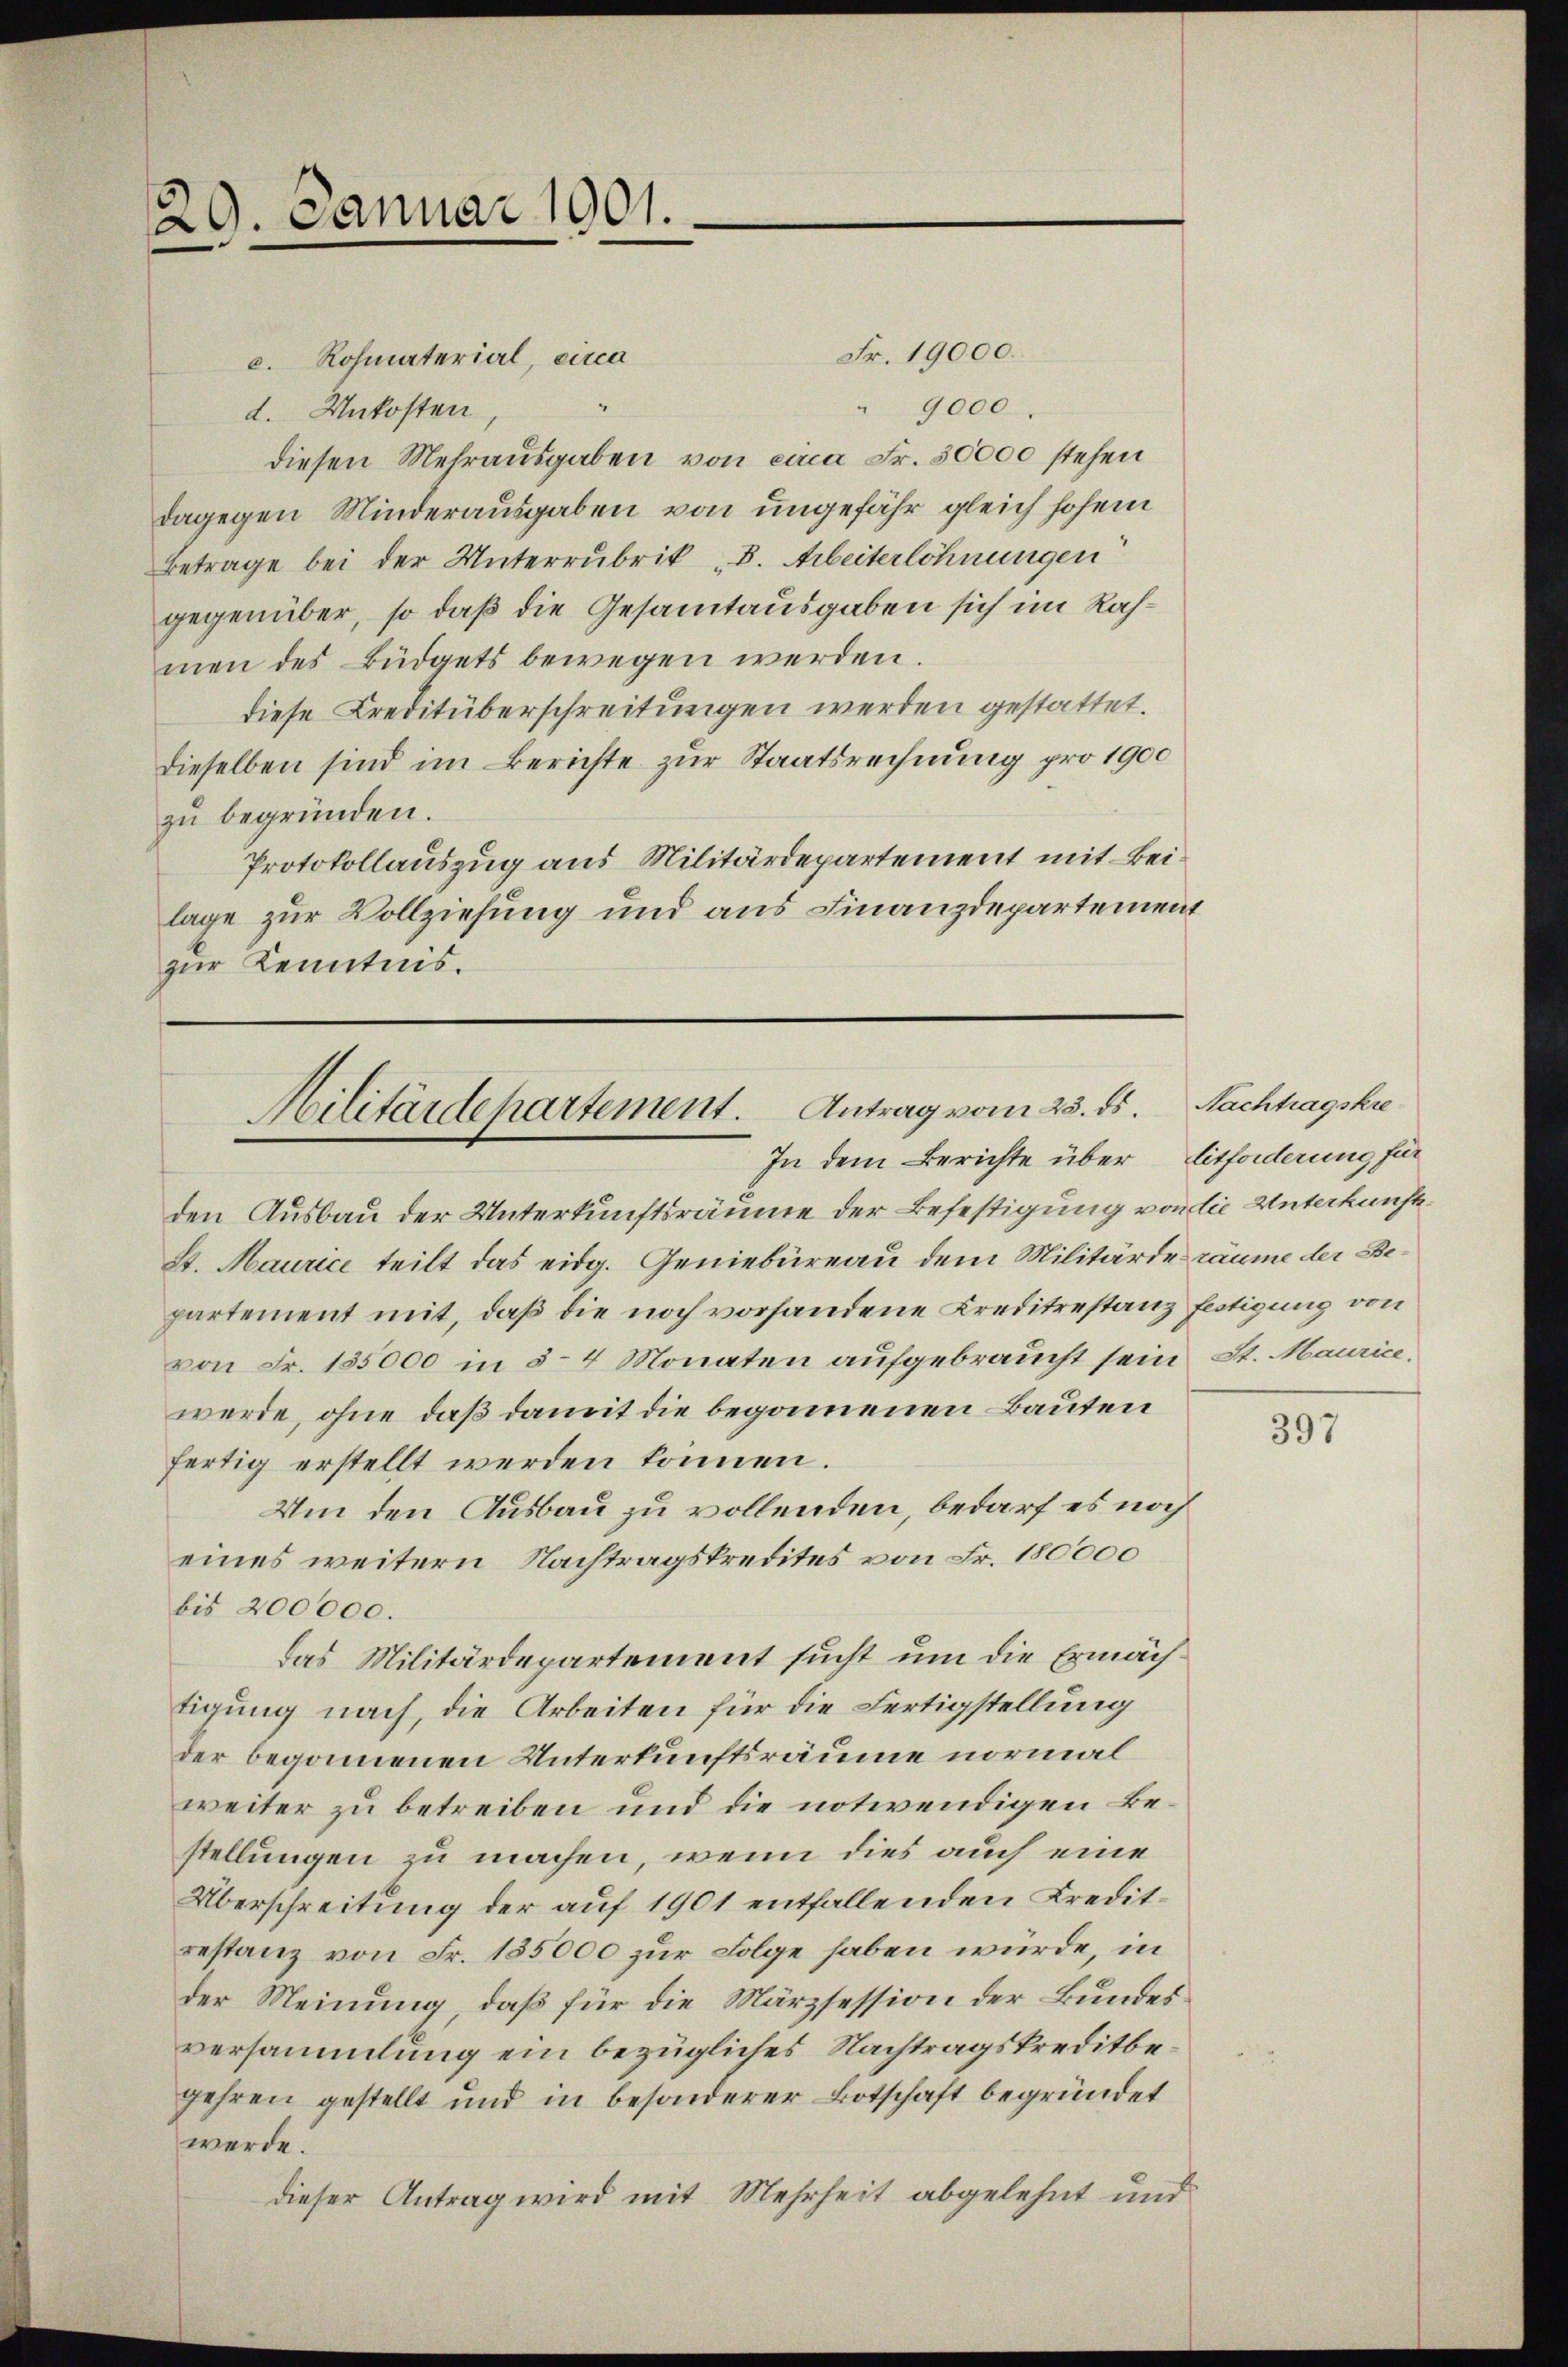
29. Januar 1901.

Fr. 19000.
c. Rohmaterial, circa
" 9000.
d. Unkosten,
diesen Mehrausgaben von circa Fr. 30000 stehen
dagegen Minderausgaben von ungefähr gleich hohem
Betrage bei der Unterrubrik „B. Arbeiterlohnungen
gegenüber, so daß die Gesamtausgaben sich im Rahmen des Büdgets bewegen werden.
diese Creditüberschreitungen werden gestattet.
dieselben sind im Berichte zur Staatsrechnung pro 1900
zu begründen.
Protokollauszug aus Militärdepartement mit Beilage zur Vollziehung und aus Finanzdepartement
zur Kenntnis.
den Ausbau der Unterkunftsräume der Befestigung von die Unterkunft¬
St. Maurice teilt das eidg. Geniebureau dem Militärde räume der Bepartement mit, daß die noch vorhandene Kreditrestanz festigung von
von Fr. 155000 in 3–4 Monaten aufgebraucht sein St. Maurice.
werde, ohne daß damit die begonnenen Bauten
fertig erstellt werden können.
Um den Ausbau zu vollenden, bedarf es noch
eines weitern Nachtragskredites von Fr. 180000
bis 200000.
Das Militärdepartement sucht um die Ermäch
tigung nach, die Arbeiten für die Fertigstellung
der begonnenen Unterkunftsräume normal
weiter zu betreiben und die notwendigen Bestellungen zu machen, wenn dies auch eine
Überschreitung der auf 1901 entfallenden Kreditrestanz von Fr. 185000 zur Folge haben würde, in
der Meinung, daß für die Märzsession der Bundesversammlung ein bezügliches Nachtragskreditbegehren gestellt und in besonderer Botschaft begründet
werde.
dieser Antrag wird mit Mehrheit abgelehnt und

Militärdepartement. Antrag vom 25. ds. Nachhagskre
In dem Berichte über Eitforderung für

397